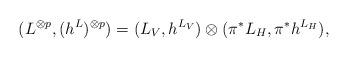
LaTeX: \begin{align*}(L^{\otimes p}, (h^{L})^{\otimes p}) = (L_V, h^{L_V}) \otimes (\pi^* L_H, \pi^* h^{L_H}),\end{align*}